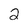
Character: 2